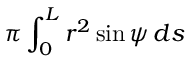
\pi \int _ { 0 } ^ { L } r ^ { 2 } \sin \psi \, d s